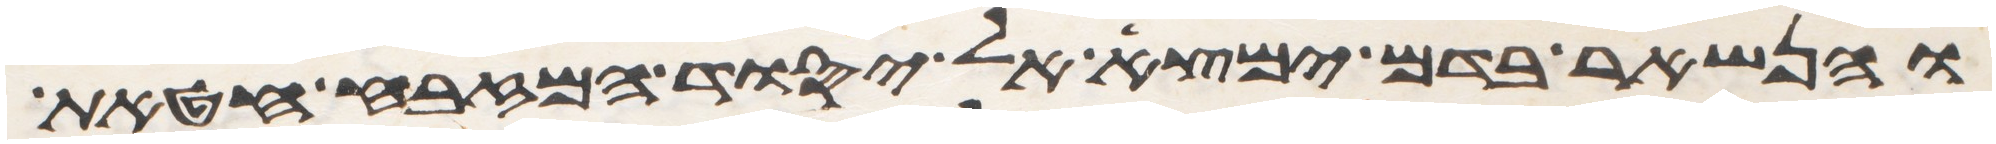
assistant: והנשאר בדם ימצא אל יסוד המזבח חטאת